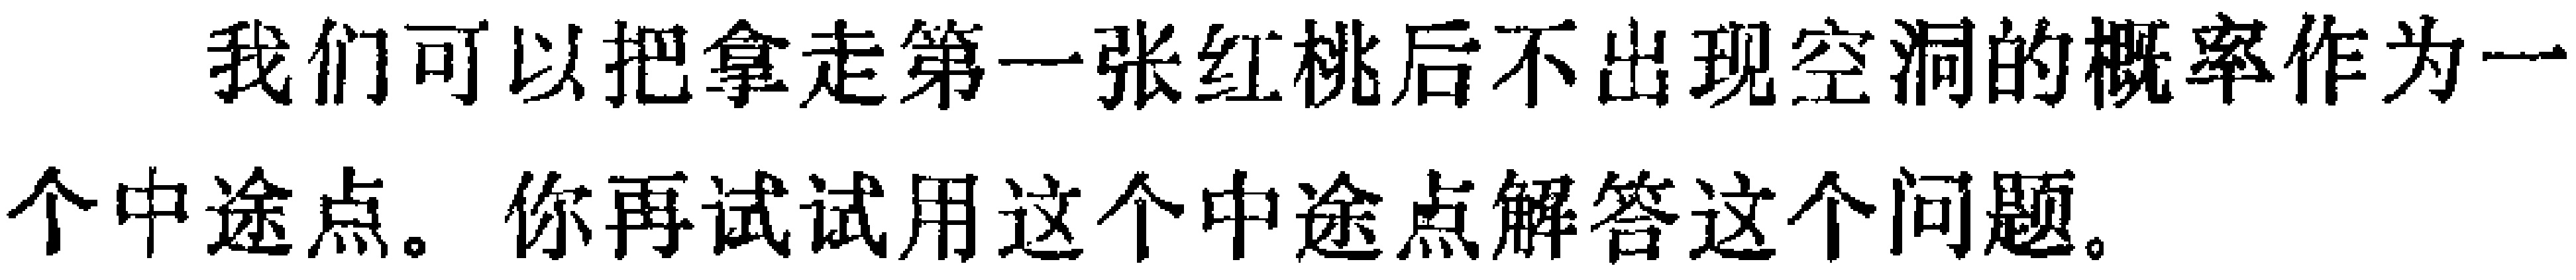
我们可以把拿走第一张红桃后不出现空洞的概率作为一个中途点。你再试试用这个中途点解答这个问题。